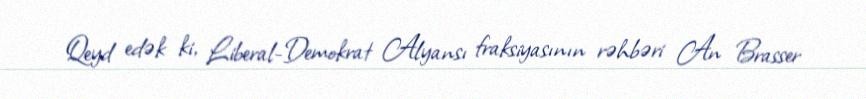
Qeyd edək ki, Liberal-Demokrat Alyansı fraksiyasının rəhbəri An Brasser